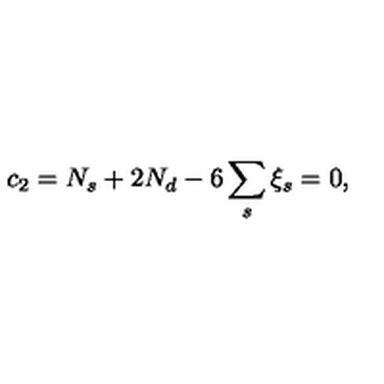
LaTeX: c _ { 2 } = N _ { s } + 2 N _ { d } - 6 \sum _ { s } \xi _ { s } = 0 ,